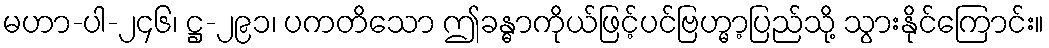
မဟာ-ပါ-၂၄၆၊ ဋ္ဌ-၂၉၁၊ ပကတိသော ဤခန္ဓာကိုယ်ဖြင့်ပင်ဗြဟ္မာ့ပြည်သို့ သွားနိုင်ကြောင်း။